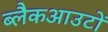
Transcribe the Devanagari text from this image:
ब्लैकआउटों